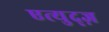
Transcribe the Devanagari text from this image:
एत्युद्ज़